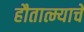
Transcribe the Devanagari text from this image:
हौतात्म्याचे